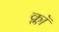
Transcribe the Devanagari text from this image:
क्लॉ